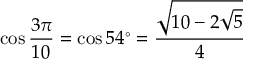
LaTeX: \cos { \frac { 3 \pi } { 1 0 } } = \cos 5 4 ^ { \circ } = { \frac { \sqrt { 1 0 - 2 { \sqrt { 5 } } } } { 4 } }